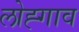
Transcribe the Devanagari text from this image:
लोह्गाव